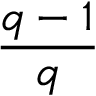
\frac { q - 1 } { q }